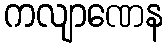
ကလျာဏေန